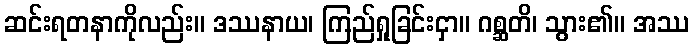
ဆင်းရတနာကိုလည်း။ ဒဿနာယ၊ ကြည်ရှုခြင်းငှာ။ ဂစ္ဆတိ၊ သွား၏။ အဿ